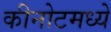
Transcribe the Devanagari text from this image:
कीनोटमध्ये